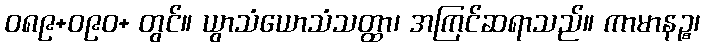
ဝ၈၉+ဝ၉၀+ တွင်။ ယွာသံယောသံသတ္ထာ၊ အကြင်ဆရာသည်။ ကာမာနဉ္စ၊